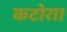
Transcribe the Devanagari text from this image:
कटोरा।